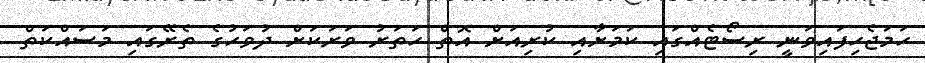
ހަމަޖެހިފައިވަނީ ރިސޯޓެއްގައި ކަމަށާއި ކުރިއަށް އޮތް ހަތަރު ވަރަކަށް ދުވަހުގެ ތެރޭގައި މަސައްކަތް